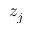
z _ { j }